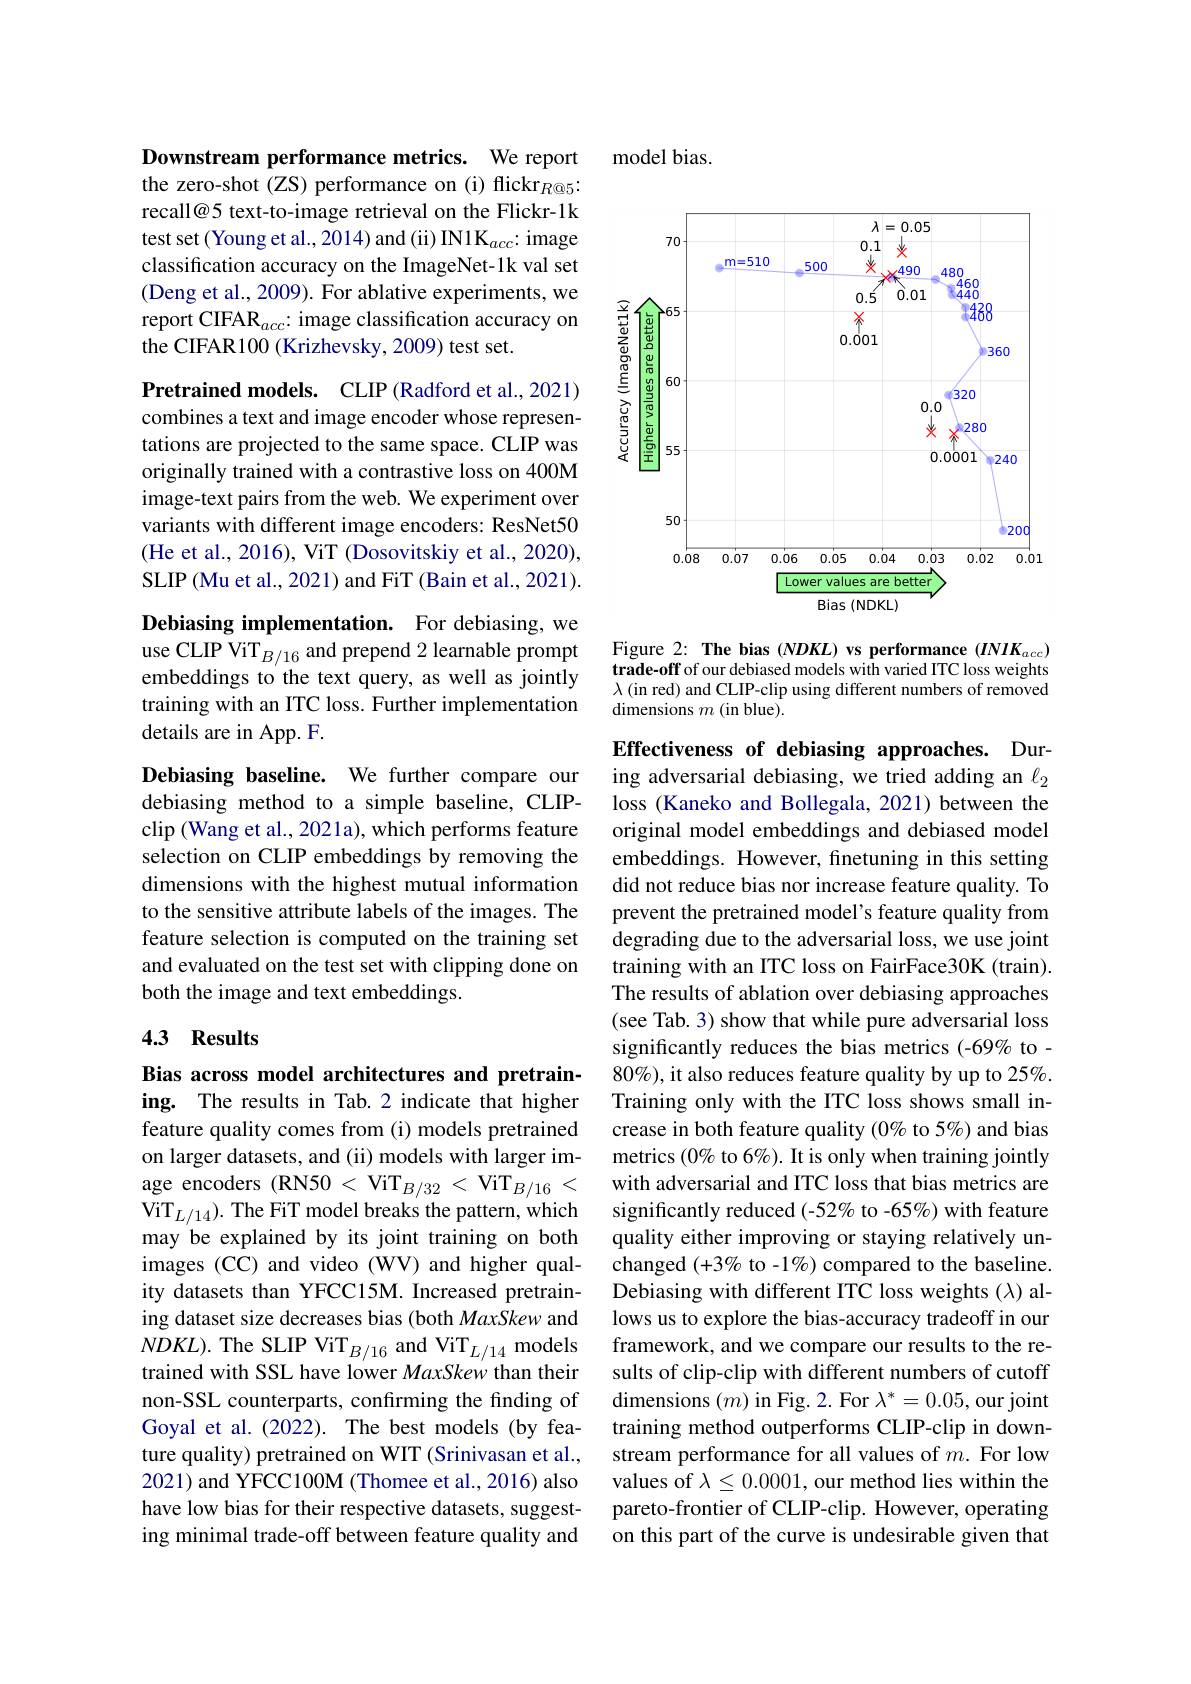
Downstream performance metrics. We report the zero-shot (ZS) performance on (i) flickr$_{R@5}$: recall@5 text-to-image retrieval on the Flickr-1k test set(Young et al., 2014) and (ii) IN1K$_acc$: image classification accuracy on the ImageNet-1k val set (Deng et al., 2009). For ablative experiments, we report CIFAR$_{acc}$: image classification accuracy on the CIFAR100 (Krizhevsky, 2009) test set.

Pretrained models. CLIP (Radford et al., 2021) combines a text and image encoder whose representations are projected to the same space. CLIP was originally trained with a contrastive loss on 400M image-text pairs from the web. We experiment over variants with different image encoders: ResNet50 (He et al., 2016), ViT (Dosovitskiy et al., 2020), SLIP (Mu et al., 2021) and FiT (Bain et al., 2021).

Debiasing implementation. For debiasing, we use CLIP ViT$_B/16$ and prepend 2 learnable prompt embeddings to the text query, as well as jointly training with an ITC loss. Further implementation details are in App. F.

Debiasing baseline. We further compare our debiasing method to a simple baseline, CLIPclip (Wang et al., 2021a), which performs feature selection on CLIP embeddings by removing the dimensions with the highest mutual information to the sensitive attribute labels of the images. The feature selection is computed on the training set and evaluated on the test set with clipping done on both the image and text embeddings.

## 43 Results

Bias across model architectures and pretraining. The results in Tab.2 indicate that higher feature quality comes from (i) models pretrained on larger datasets, and (ii) models with larger image encoders (RN50 < ViT$_B/32<$ ViT$_B/16<$ $\mathrm{ViT}_{L/14}).$ The FiT model breaks the pattern, which may be explained by its joint training on both images (CC) and video (WV) and higher quality datasets than YFCC15M. Increased pretraining dataset size decreases bias (both MaxSkew and non-SSL counterparts, confirming the finding of Goyal et al. (2022). The best models (by feature quality) pretrained on WIT (Srinivasan et al., 2021) and YFCC100M (Thomee et al., 2016) also have low bias for their respective datasets, suggesting minimal trade-off between feature quality and

model bias.

<FigureHere>

Figure 2: The bias (NDKL) vs performance (INIK$_acc)$ trade-off of our debiased models with varied ITC loss weights $\lambda$ (in red) and CLIP-clip using different numbers of removed dimensions $m\allowbreak ( {\mathrm{mod}} $blue).

Effectiveness of debiasing approaches. During adversarial debiasing, we tried adding an $\ell_{2}$ loss (Kaneko and Bollegala, 2021) between the original model embeddings and debiased model embeddings. However, finetuning in this setting did not reduce bias nor increase feature quality. To prevent the pretrained model's feature quality from degrading due to the adversarial loss, we use joint training with an ITC loss on FairFace30K (train). The results of ablation over debiasing approaches (see Tab. 3) show that while pure adversarial loss significantly reduces the bias metrics (-69% to- $80\%)$, it also reduces feature quality by up to 25%. Training only with the ITC loss shows small increase in both feature quality (0% to 5%) and bias metrics $(0\%$ to 6%). It is only when training jointly with adversarial and ITC loss that bias metrics are significantly reduced (-52% to -65%) with feature quality either improving or staying relatively unchanged (+3% to -1%) compared to the baseline. Debiasing with different ITC loss weights (λ) allows us to explore the bias-accuracy tradeoff in our
$NDKL) . \text{ The SLIP ViT}_{B/ 16}\mathrm{~and~ViT}_{L/ 14}$ models framework, and we compare our results to the re- trained with SSL have lower MaxSkew than their sults of clip- clip with different numbers of cutoff trained with SSL have lower MaxSkew than
${\text{dimensions }(m)\text{in Fig.2. For }\lambda^*=0.05,\text{our joint}}$ training method outperforms CLIP-clip in downstream performance for all values of $m.$ For low values of $\lambda\leq0.0001$, our method lies within the pareto-frontier of CLIP-clip. However, operating on this part of the curve is undesirable given that